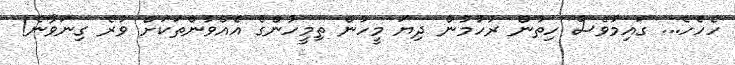
ހެހެހެ... ގައިމުވެސް ހިތުން ރުހުމުން ދިޔަ މީހުން ތިމީހުންގެ އެއްވުންތަކަށް ވުރެ ގިނަވާނެ!